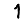
Digit: 1